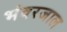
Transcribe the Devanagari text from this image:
भंवरजाल